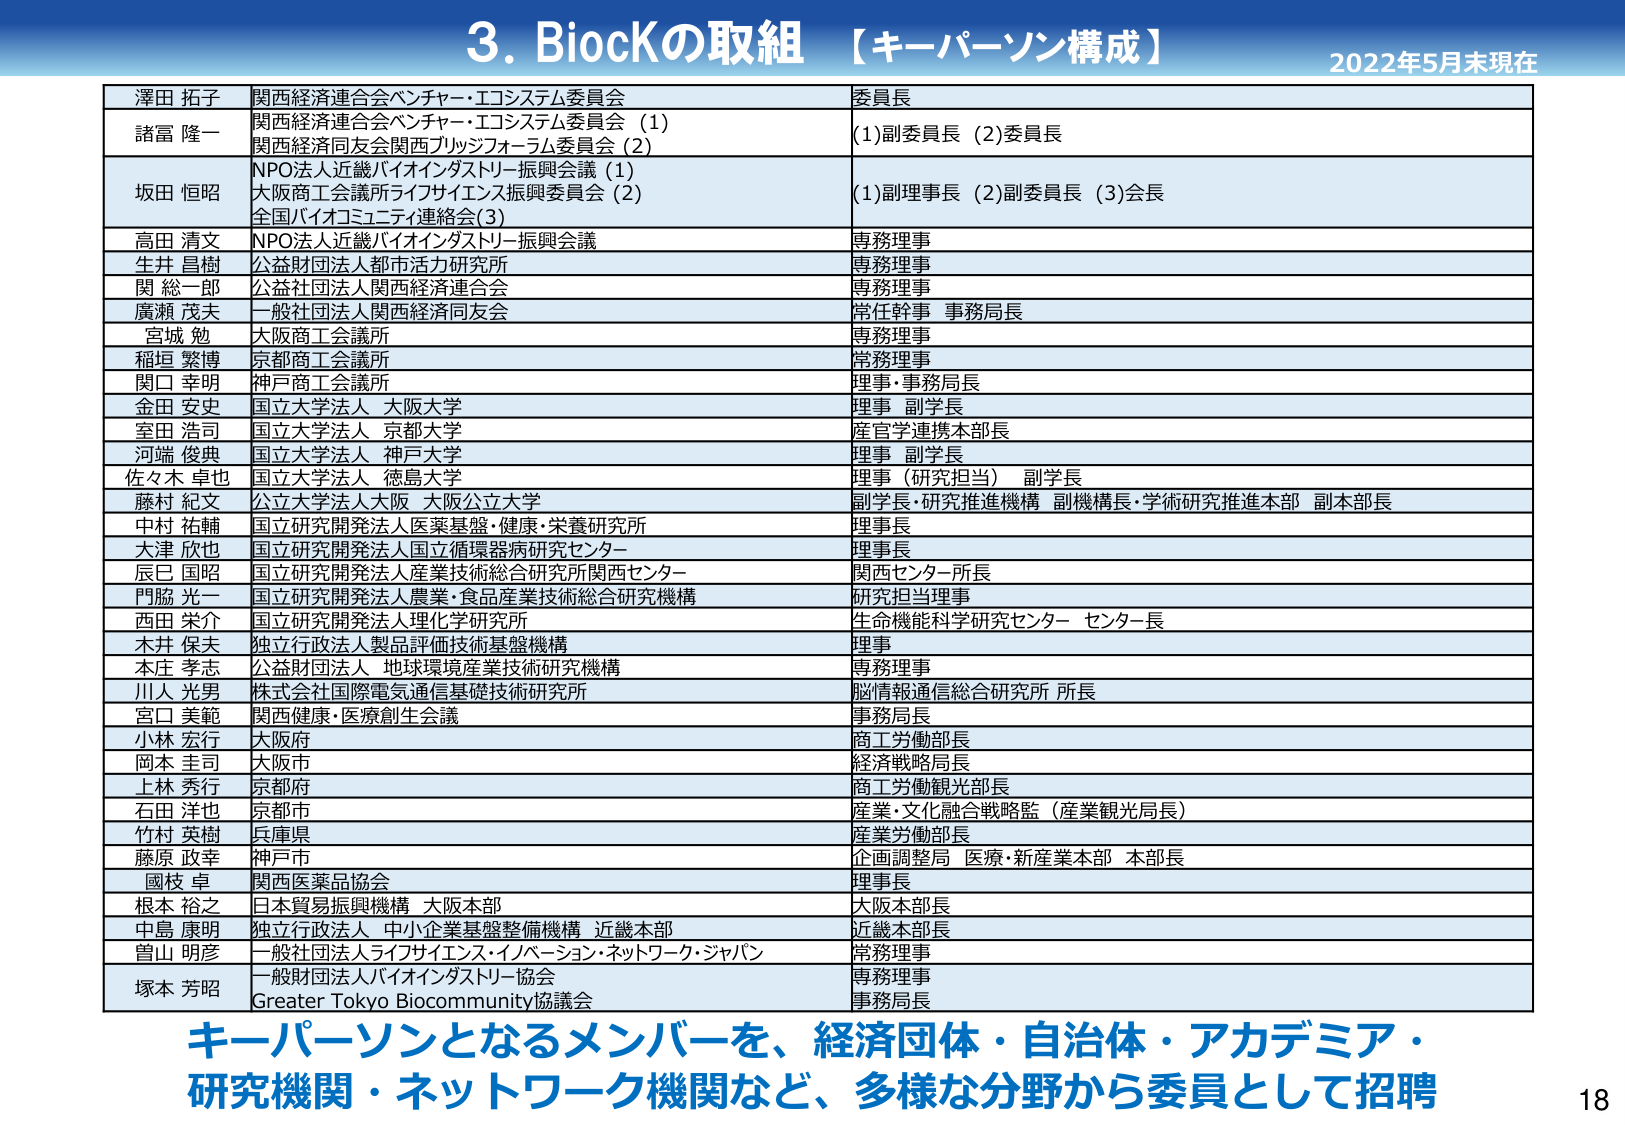
3. BiocKの取組 【キーパーソン構成】 2022年5月末現在

澤田 拓子 関西経済連合会ベンチャー・エコシステム委員会 委員長
諸冨 隆一 関西経済連合会ベンチャー・エコシステム委員会（1） 関西経済同友会関西ブリッジフォーラム委員会（2） （1）副委員長（2）委員長
坂田 恒昭 NPO法人近畿バイオインダストリー振興会議（1） 大阪商工会議所ライフサイエンス振興委員会（2） 全国バイオコミュニティ連絡会（3） （1）副理事長（2）副委員長（3）会長
高田 清文 NPO法人近畿バイオインダストリー振興会議 専務理事
生井 昌樹 公益財団法人都市活力研究所 専務理事
関 総一郎 公益社団法人関西経済連合会 専務理事
廣瀬 茂夫 一般社団法人関西経済同友会 常任幹事 事務局長
宮城 勉 大阪商工会議所 専務理事
稲垣 繁博 京都商工会議所 常務理事
関口 幸明 神戸商工会議所 理事・事務局長
金田 安史 国立大学法人 大阪大学 理事 副学長
室田 浩司 国立大学法人 京都大学 産官学連携本部長
河端 俊典 国立大学法人 神戸大学 理事 副学長
佐々木 卓也 国立大学法人 徳島大学 理事（研究担当） 副学長
藤村 紀文 公立大学法人大阪 大阪公立大学 副学長・研究推進機構 副機構長・学術研究推進本部 副本部長
中村 祐輔 国立研究開発法人医薬基盤・健康・栄養研究所 理事長
大津 敦也 国立研究開発法人国立循環器病研究センター 理事長
辰巳 国昭 国立研究開発法人産業技術総合研究所関西センター 関西センター所長
門脇 光一 国立研究開発法人農業・食品産業技術総合研究機構 研究担当理事
西田 栄介 国立研究開発法人理化学研究所 生命機能科学研究センター センター長
木井 保夫 独立行政法人製品評価技術基盤機構 理事
本庄 孝志 公益財団法人 地球環境産業技術研究機構 専務理事
川人 光男 株式会社国際電気通信基礎技術研究所 脳情報通信総合研究所 所長
宮口 美範 関西健康・医療創生会議 事務局長
小林 宏行 大阪府 商工労働部長
岡本 圭司 大阪市 経済戦略局長
上林 秀行 京都府 商工労働観光部長
石田 洋也 京都市 産業・文化融合戦略監（産業観光局長）
竹村 英樹 兵庫県 産業労働部長
藤原 政幸 神戸市 企画調整局 医療・新産業本部 本部長
國枝 卓 関西医薬品協会 理事長
根本 裕之 日本貿易振興機構 大阪本部 大阪本部長
中島 康明 独立行政法人 中小企業基盤整備機構 近畿本部 近畿本部長
曽山 明彦 一般社団法人ライフサイエンス・イノベーション・ネットワーク・ジャパン 常務理事
塚本 芳昭 一般財団法人バイオインダストリー協会 専務理事 Greater Tokyo Biocommunity協議会 事務局長

キーパーソンとなるメンバーを、経済団体・自治体・アカデミア・研究機関・ネットワーク機関など、多様な分野から委員として招聘

18